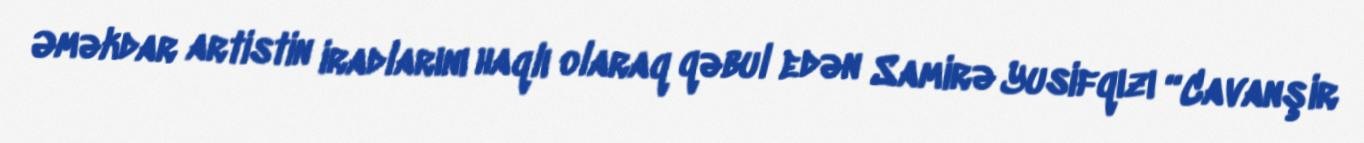
Əməkdar artistin iradlarını haqlı olaraq qəbul edən Samirə Yusifqızı “Cavanşir